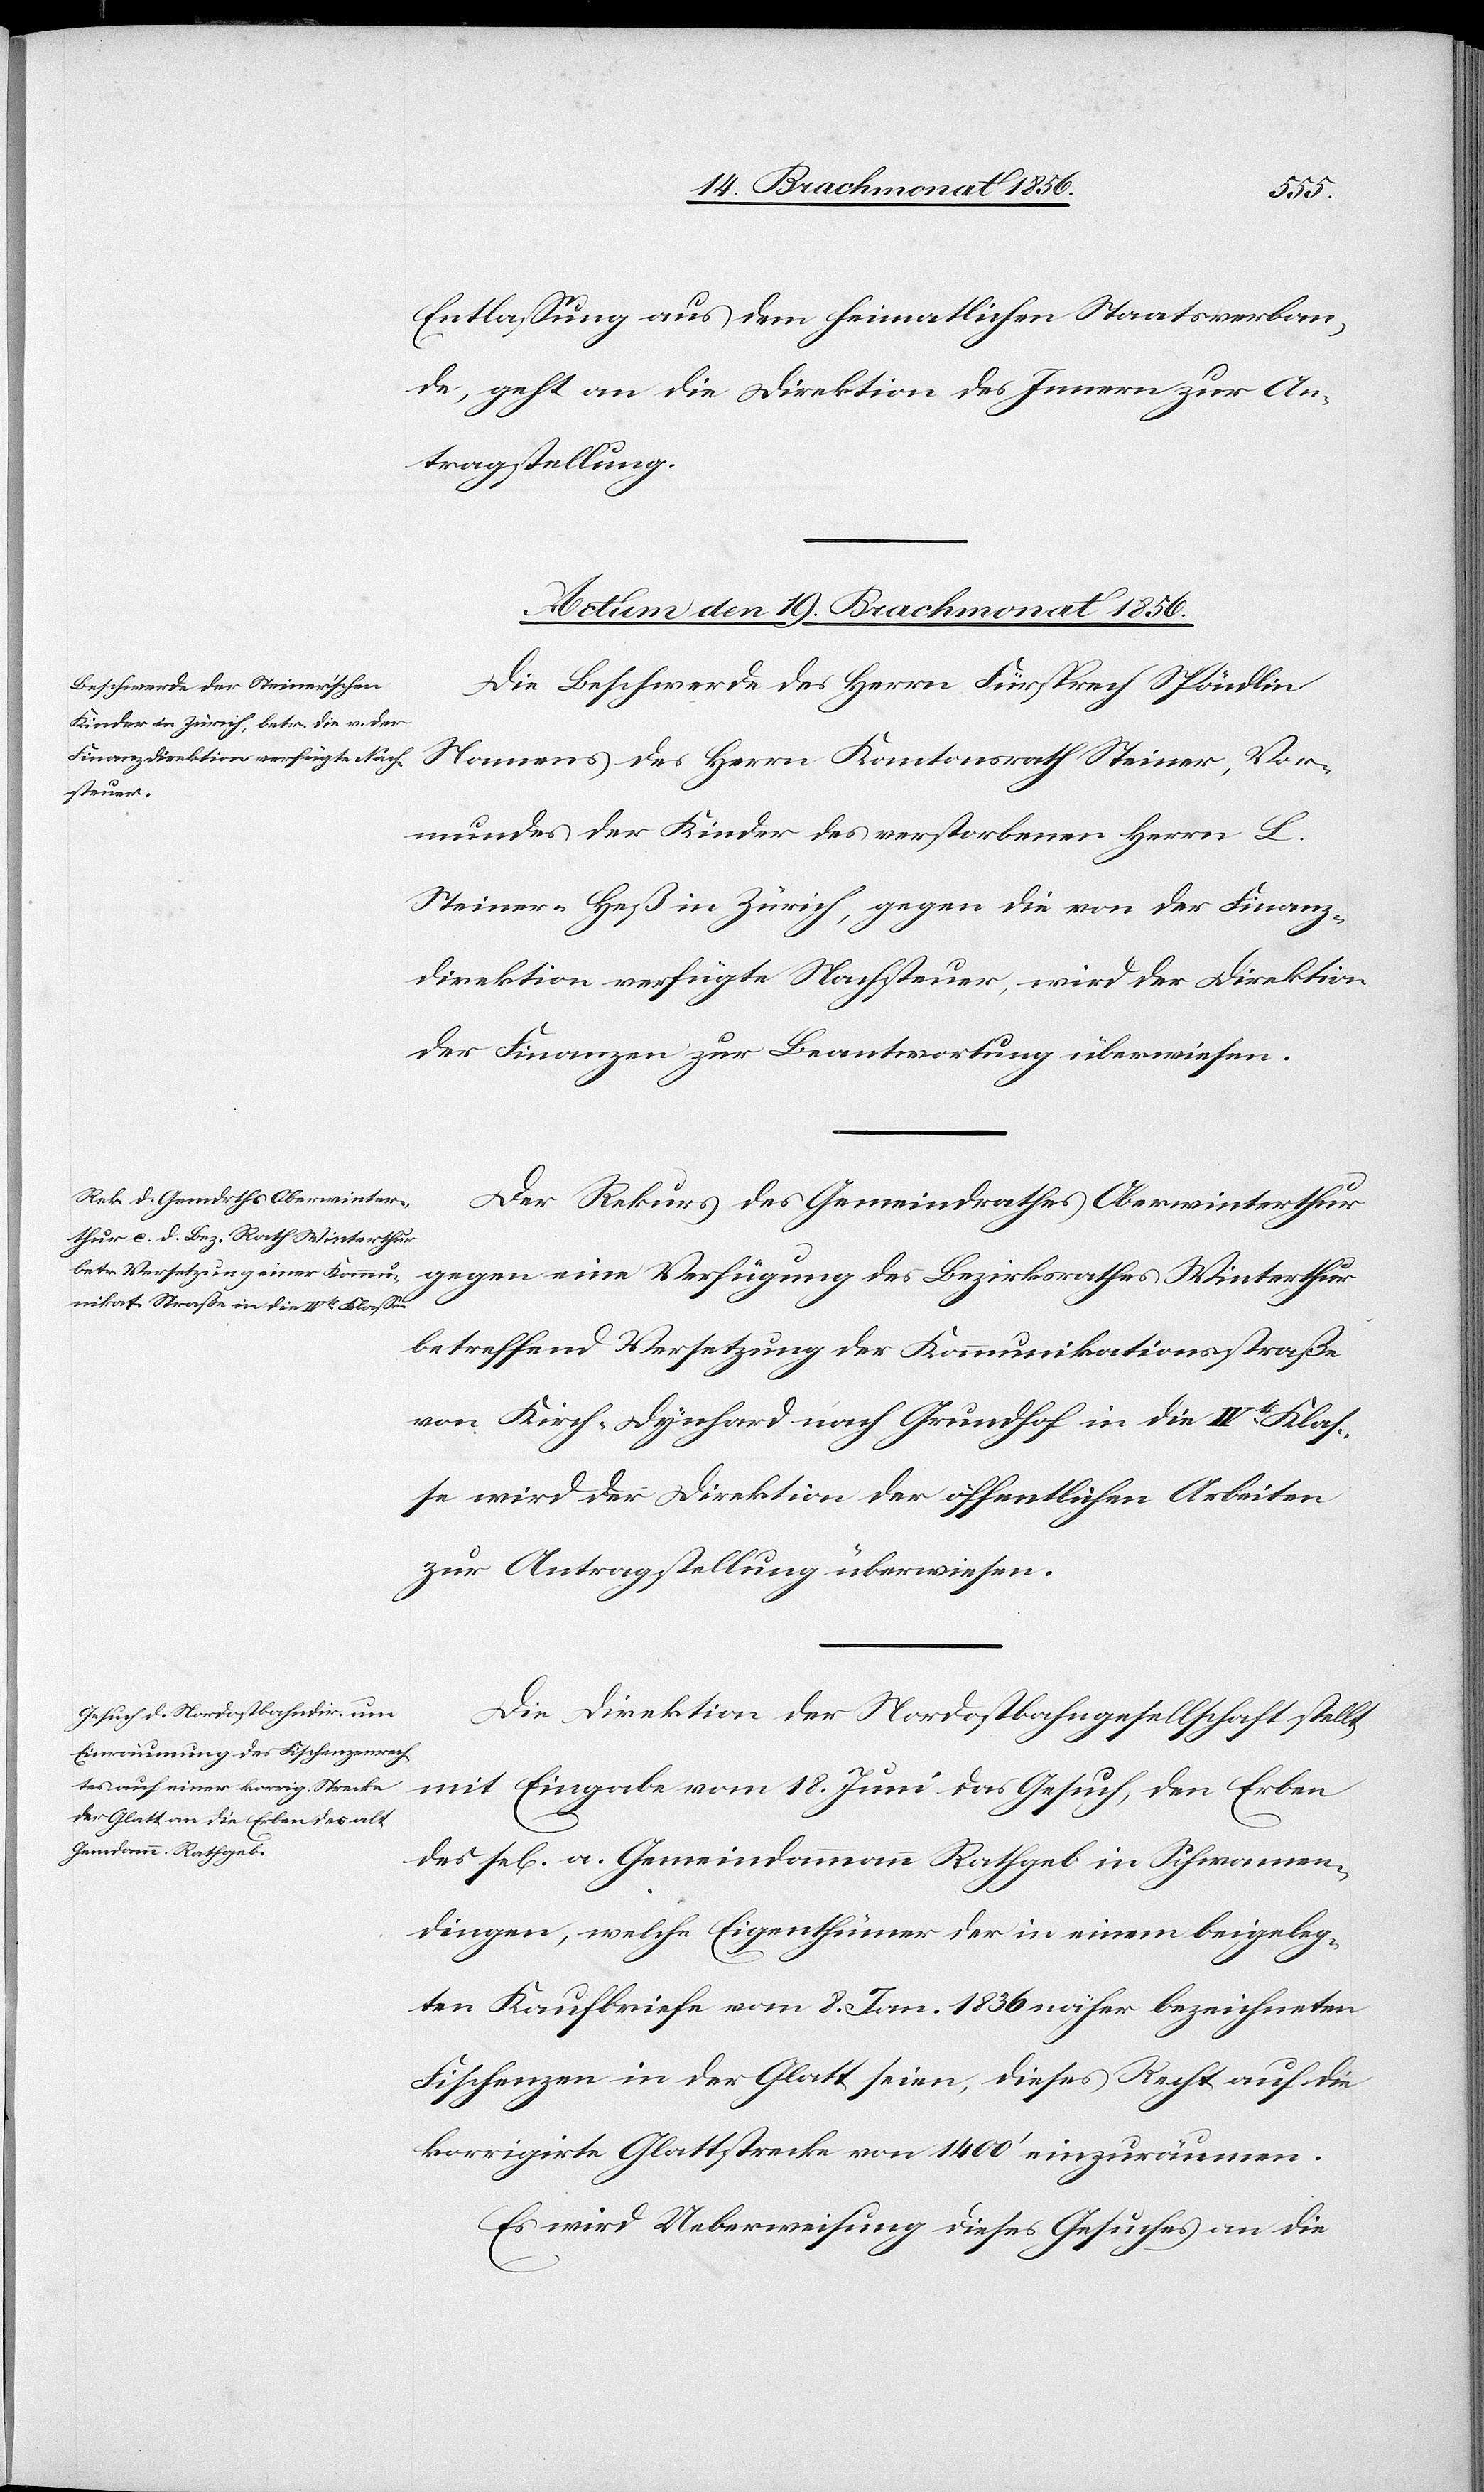
Entlassung aus dem heimatlichen Staatsverban¬
de, geht an die Direktion des Innern zur An¬
tragstellung.
Actum den 19. Brachmonat 1856.]
Die Beschwerde des Herrn Fürsprech Spöndlin
Namens des Herrn Kantonsrath Steiner, Vor¬
mundes der Kinder des verstorbenen Herrn L.
Steiner-Heß in Zürich, gegen die von der Finanz¬
direktion verfügte Nachsteuer, wird der Direktion
der Finanzen zur Beantwortung überwiesen.
Der Rekurs des Gemeindrathes Oberwinterthur
gegen eine Verfügung des Bezirksrathes Winterthur
betreffend Versetzung der Kommunikationsstraße
von Kirch-Dynhard nach Grundhof in die IVt Klas¬
se wird der Direktion der öffentlichen Arbeiten
zur Antragstellung überwiesen.
Die Direktion der Nordostbahngesellschaft stellt
mit Eingabe vom 18. Juni das Gesuch, den Erben
des sel[igen] a. Gemeindammann Rathgeb in Schwamen¬
dingen, welche Eigenthümer der in einem beigeleg¬
ten Kaufbriefe vom 8. Jan. 1836 näher bezeichneten
Fischenzen in der Glatt seien, dieses Recht auf die
korrigirte Glattstrecke von 1400' einzuräumen.
Es wird Ueberweisung dieses Gesuches an die